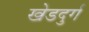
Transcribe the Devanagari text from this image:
खेडदुर्ग